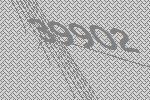
39902